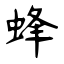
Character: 蜂